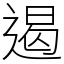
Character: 遏